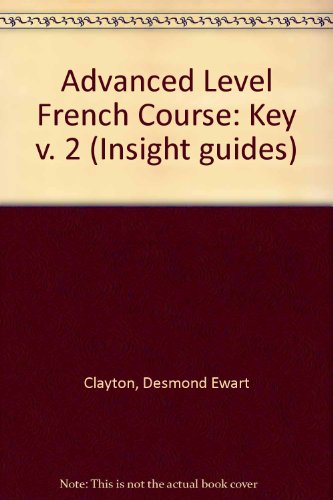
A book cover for Advanced Level French Course: Key v. 2 (Insight guides); Desmond Ewart Clayton; Travel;